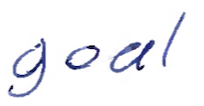
Text: goal
Cross-out: clean
Writing tool: ballpoint